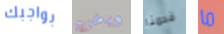
بواجبك ويخرج قدمنا ما